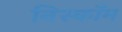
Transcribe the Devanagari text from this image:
निस्कॉम